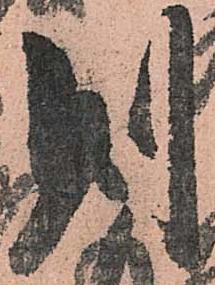
則